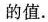
的值。